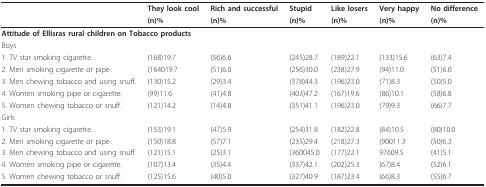
<table><thead><tr><td></td><td><b>They look cool</b></td><td><b>Rich and successful</b></td><td><b>Stupid</b></td><td><b>Like losers</b></td><td><b>Very happy</b></td><td><b>No difference</b></td></tr><tr><td></td><td><b>(n)%</b></td><td><b>(n)%</b></td><td><b>(n)%</b></td><td><b>(n)%</b></td><td><b>(n)%</b></td><td><b>(n)%</b></td></tr></thead><tbody><tr><td colspan="7"><b>Attitude of Ellisras rural children on Tobacco products</b></td></tr><tr><td>Boys</td><td></td><td></td><td></td><td></td><td></td><td></td></tr><tr><td>1. TV star smoking cigarette.</td><td>(168)19.7</td><td>(56)6.6</td><td>(245)28.7</td><td>(189)22.1</td><td>(133)15.6</td><td>(63)7.4</td></tr><tr><td>2. Men smoking cigarette or pipe.</td><td>(164019.7</td><td>(51)6.0</td><td>(256)30.0</td><td>(238)27.9</td><td>(94)11.0</td><td>(51)6.0</td></tr><tr><td>3. Men chewing tobacco and using snuff.</td><td>(130)15.2</td><td>(29)3.4</td><td>(378)44.3</td><td>(196)23.0</td><td>(71)8.3</td><td>(50)5.0</td></tr><tr><td>4. Women smoking pipe or cigarette.</td><td>(99)11.6</td><td>(41)4.8</td><td>(403)47.2</td><td>(167)19.6</td><td>(86)10.1</td><td>(58)6.8</td></tr><tr><td>5. Women chewing tobacco or snuff.</td><td>(121)14.2</td><td>(14)4.8</td><td>(351)41.1</td><td>(196)23.0</td><td>(79)9.3</td><td>(66)7.7</td></tr><tr><td>Girls</td><td></td><td></td><td></td><td></td><td></td><td></td></tr><tr><td>1. TV star smoking cigarette.</td><td>(153)19.1</td><td>(47)5.9</td><td>(254)31.8</td><td>(182)22.8</td><td>(84)10.5</td><td>(80)10.0</td></tr><tr><td>2. Men smoking cigarette or pipe.</td><td>(150)18.8</td><td>(57)7.1</td><td>(235)29.4</td><td>(218)27.3</td><td>(90011.3</td><td>(50)6.3</td></tr><tr><td>3. Men chewing tobacco and using snuff.</td><td>(121)15.1</td><td>(25)3.1</td><td>(360045.0</td><td>(177)22.1</td><td>97609.5</td><td>(41)5.1</td></tr><tr><td>4. Women smoking pipe or cigarette.</td><td>(107)13.4</td><td>(35)4.4</td><td>(337)42.1</td><td>(202)25.3</td><td>(67)8.4</td><td>(52)6.1</td></tr><tr><td>5. Women chewing tobacco or snuff.</td><td>(125)15.6</td><td>(40)5.0</td><td>(327)40.9</td><td>(187)23.4</td><td>(66)8.3</td><td>(55)6.7</td></tr></tbody></table>